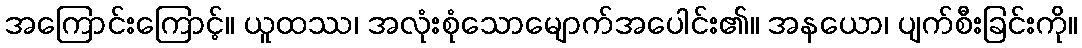
အကြောင်းကြောင့်။ ယူထဿ၊ အလုံးစုံသောမျောက်အပေါင်း၏။ အနယော၊ ပျက်စီးခြင်းကို။